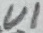
Text: U1